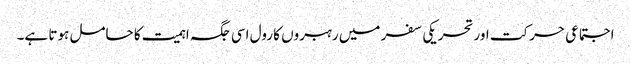
اجتماعی حرکت اور تحریکی سفر میں رہبروں کا رول اسی جگہ اہمیت کا حامل ہوتا ہے۔